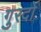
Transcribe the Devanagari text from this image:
गुरदों